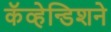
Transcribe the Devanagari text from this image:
कॅव्हेन्डिशने